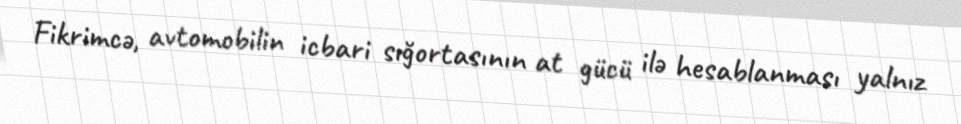
Fikrimcə, avtomobilin icbari sığortasının at gücü ilə hesablanması yalnız